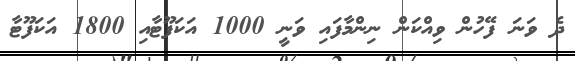
ދެ ވަނަ ފޭހުން ވިއްކަން ނިންމާފައި ވަނީ 1000 އަކަފޫޓާއި 1800 އަކަފޫޓާ